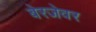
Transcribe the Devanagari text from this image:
बेरजेवर